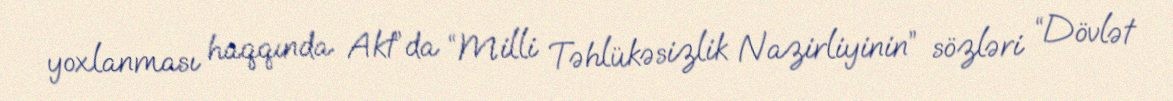
yoxlanması haqqında Akt”da “Milli Təhlükəsizlik Nazirliyinin” sözləri “Dövlət